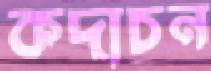
কদাচন